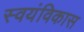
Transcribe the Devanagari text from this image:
स्वयंविकास